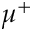
\mu ^ { + }